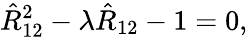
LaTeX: \hat{R}_{12}^{2}-\lambda\hat{R}_{12}-1=0,